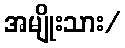
အမျိုးသား/